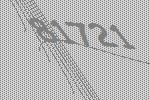
81721